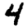
Digit: 4